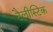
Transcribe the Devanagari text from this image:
टैलीस्टिक